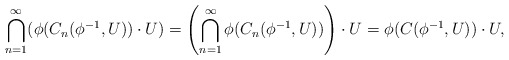
\begin{align*}\bigcap_{n=1}^\infty (\phi(C_{n}(\phi^{-1},U))\cdot U)=\left(\bigcap_{n=1}^\infty \phi(C_n(\phi^{-1},U))\right)\cdot U=\phi(C(\phi^{-1},U))\cdot U,\end{align*}